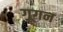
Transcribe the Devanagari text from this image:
गूगन